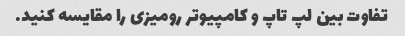
تفاوت بین لپ تاپ و کامپیوتر رومیزی را مقایسه کنید.